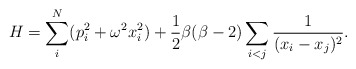
\begin{align*}H = \sum_i^N (p_i^2 + \omega^2 x_i^2) + {1 \over 2}\beta (\beta -2)\sum_{i<j}{1 \over{(x_i - x_j)^2}}. \end{align*}